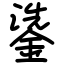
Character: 鍌